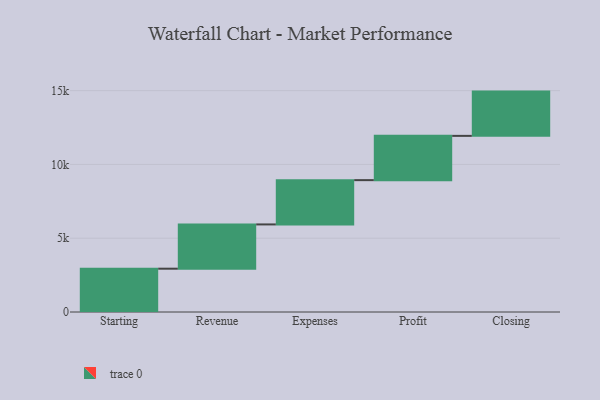
{"axis": {"x": "Step", "y": "Value"}, "legend": [""], "data": [{"x": "Starting", "y": 2935.0, "type": ""}, {"x": "Revenue", "y": 3000, "type": ""}, {"x": "Expenses", "y": 3000, "type": ""}, {"x": "Profit", "y": 3000, "type": ""}, {"x": "Closing", "y": 3000, "type": ""}]}